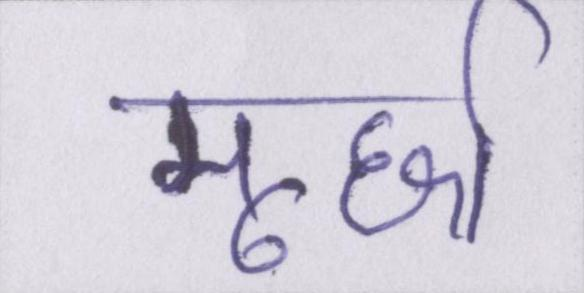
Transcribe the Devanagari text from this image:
मूर्छा